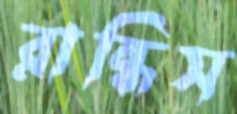
রান্ধিস